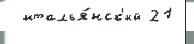
  италья́нск'ий 21